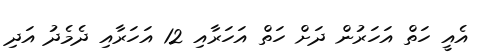
އެއީ ހަތް އަހަރުން ދަށް ހަތް އަހަރާއި 12 އަހަރާއި ދެމެދު އަދި